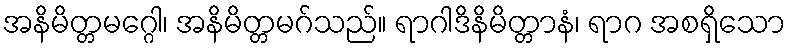
အနိမိတ္တမဂ္ဂေါ၊ အနိမိတ္တမဂ်သည်။ ရာဂါဒိနိမိတ္တာနံ၊ ရာဂ အစရှိသော